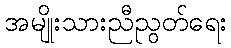
အမျိုးသားညီညွတ်ရေး